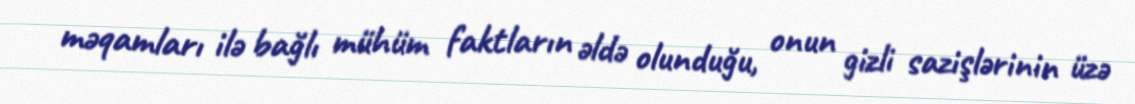
məqamları ilə bağlı mühüm faktların əldə olunduğu, onun gizli sazişlərinin üzə